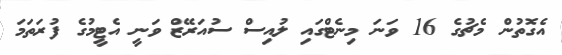
އެގޮތުން މެޗުގެ 16 ވަނަ މިނެޓްގައި ލުއިސް ސުއަރޭޒް ވަނީ އެޓީމުގެ ފުރަތަމަ